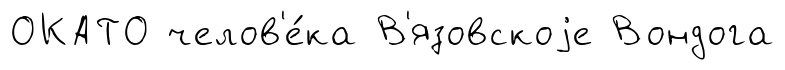
ОКАТО челов'е́ка В'язовскоjе Вондога